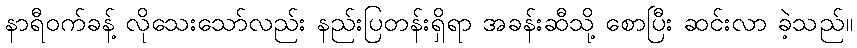
နာရီဝက်ခန့် လိုသေးသော်လည်း နည်းပြတန်းရှိရာ အခန်းဆီသို့ စောပြီး ဆင်းလာ ခဲ့သည်။